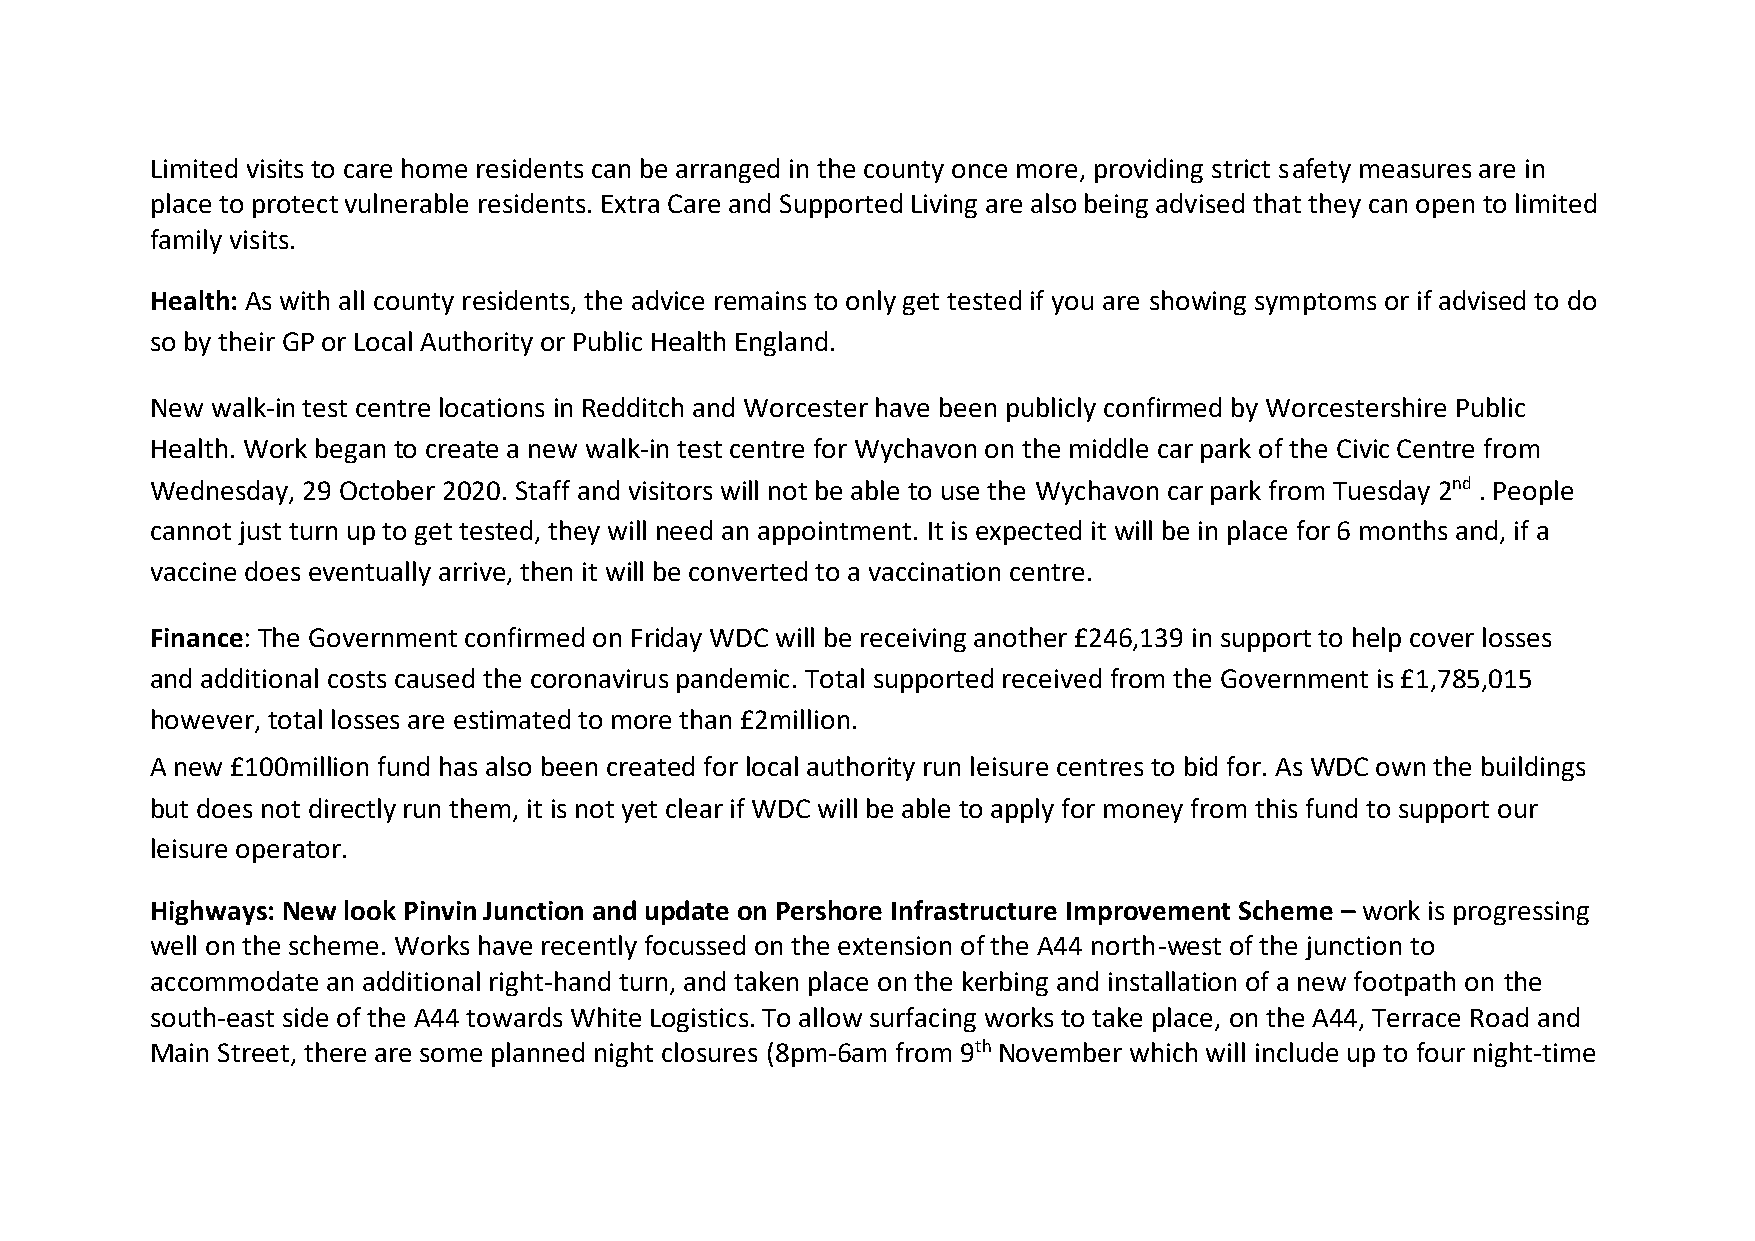
Limited visits to care home residents can be arranged in the county once more, providing strict safety measures are in
 place to protect vulnerable residents. Extra Care and Supported Living are also being advised that they can open to limited
 family visits.
 Health: As with all county residents, the advice remains to only get tested if you are showing symptoms or if advised to do
 so by their GP or Local Authority or Public Health England.
 New walk-in test centre locations in Redditch and Worcester have been publicly confirmed by Worcestershire Public
 Health. Work began to create a new walk-in test centre for Wychavon on the middle car park of the Civic Centre from
 Wednesday, 29 October 2020. Staff and visitors will not be able to use the Wychavon car park from Tuesday 2nd . People
 cannot just turn up to get tested, they will need an appointment. It is expected it will be in place for 6 months and, if a
 vaccine does eventually arrive, then it will be converted to a vaccination centre.
 Finance: The Government confirmed on Friday WDC will be receiving another £246,139 in support to help cover losses
 and additional costs caused the coronavirus pandemic. Total supported received from the Government is £1,785,015
 however, total losses are estimated to more than £2million.
 A new £100million fund has also been created for local authority run leisure centres to bid for. As WDC own the buildings
 but does not directly run them, it is not yet clear if WDC will be able to apply for money from this fund to support our
 leisure operator.
 Highways: New look Pinvin Junction and update on Pershore Infrastructure Improvement Scheme – work is progressing
 well on the scheme. Works have recently focussed on the extension of the A44 north-west of the junction to
 accommodate an additional right-hand turn, and taken place on the kerbing and installation of a new footpath on the
 south-east side of the A44 towards White Logistics. To allow surfacing works to take place, on the A44, Terrace Road and
 Main Street, there are some planned night closures (8pm-6am from 9th November which will include up to four night-time